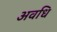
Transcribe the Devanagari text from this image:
अवधि